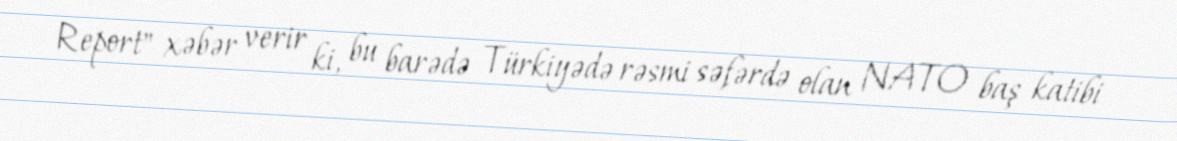
Report" xəbər verir ki, bu barədə Türkiyədə rəsmi səfərdə olan NATO baş katibi